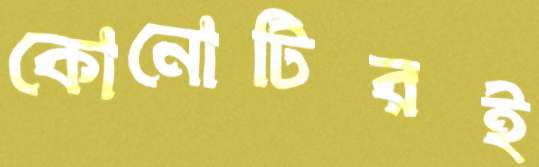
কোনোটিরই